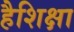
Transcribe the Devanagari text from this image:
हैशिक्षा